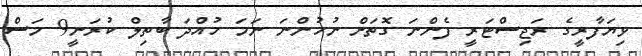
ވިޔަފާރީގެ ރަޖިސްޓަރީ ފެންނަ ގޮތަށް ނުހުންނަ ނަމަ ހުއްދަ ބާތިލް ކުރަނީ9 މަސް